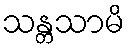
သန္တသာမိ